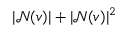
| \mathcal { N } ( v ) | + | \mathcal { N } ( v ) | ^ { 2 }